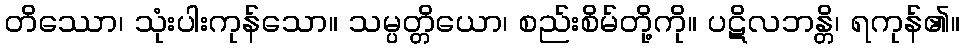
တိဿော၊ သုံးပါးကုန်သော။ သမ္ပတ္တိယော၊ စည်းစိမ်တို့ကို။ ပဋိလဘန္တိ၊ ရကုန်၏။